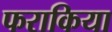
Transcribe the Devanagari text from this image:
फराकिया